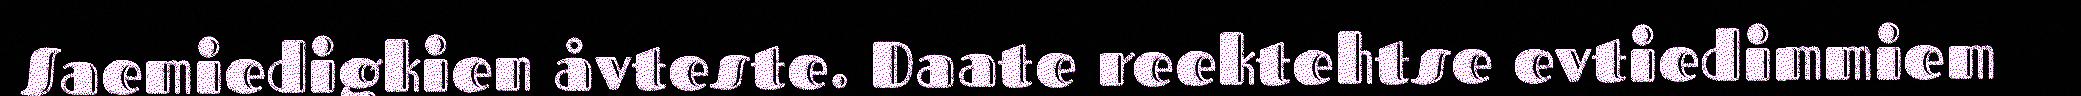
Saemiedigkien åvteste. Daate reektehtse evtiedimmiem